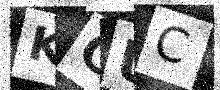
Text: KCUC